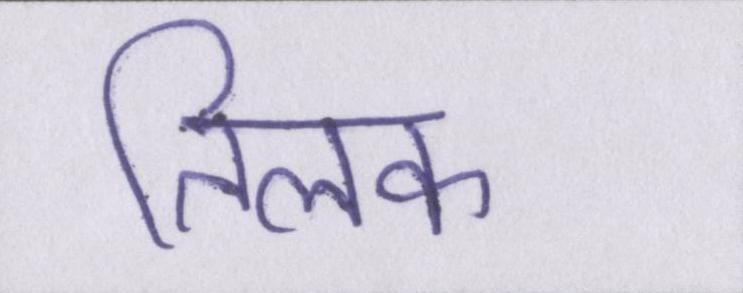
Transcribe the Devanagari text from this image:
तिलक